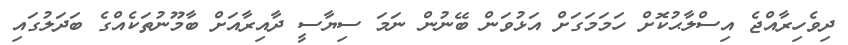
ދިވެހިރާއްޖެ އިސްލާޙުކޮށް ހަމަމަގަށް އަޅުވަން ބޭނުން ނަމަ ސިޔާސީ ދާއިރާއަށް ބާމޫނުތަކެއްގެ ބަދަލުގައި